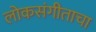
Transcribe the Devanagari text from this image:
लोकसंगीताचा